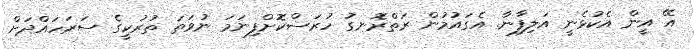
އޭ އީން އެކުޅެނީ އަލިފާނާ. އެގައުމުން ރަތްރޮނގު ހުރަސްކޮށްފިނަމަ ނުވަތަ ތުރުކީގެ ސަރަހައްދަށް